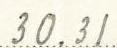
30.31